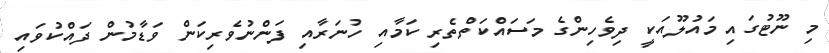
މި ނޫޓުގައި މައުލޫއަކީ ދިވެހިންގެ މަސައްކަތްތެރި ކަމާއި ހުނަރާއި ފަންނުވެރިކަން ވަޑާމުން ދައްކުވައި